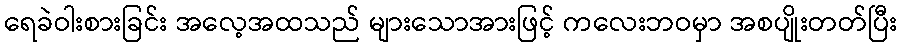
ရေခဲဝါးစားခြင်း အလေ့အထသည် များသောအားဖြင့် ကလေးဘဝမှာ အစပျိုးတတ်ပြီး